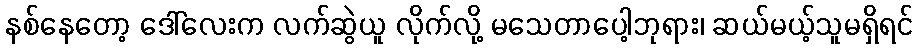
နစ်နေတော့ ဒေါ်လေးက လက်ဆွဲယူ လိုက်လို့ မသေတာပေါ့ဘုရား၊ ဆယ်မယ့်သူမရှိရင်